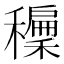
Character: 𥣝